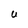
Character: U